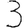
Digit: 3